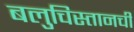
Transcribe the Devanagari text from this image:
बलुचिस्तानची